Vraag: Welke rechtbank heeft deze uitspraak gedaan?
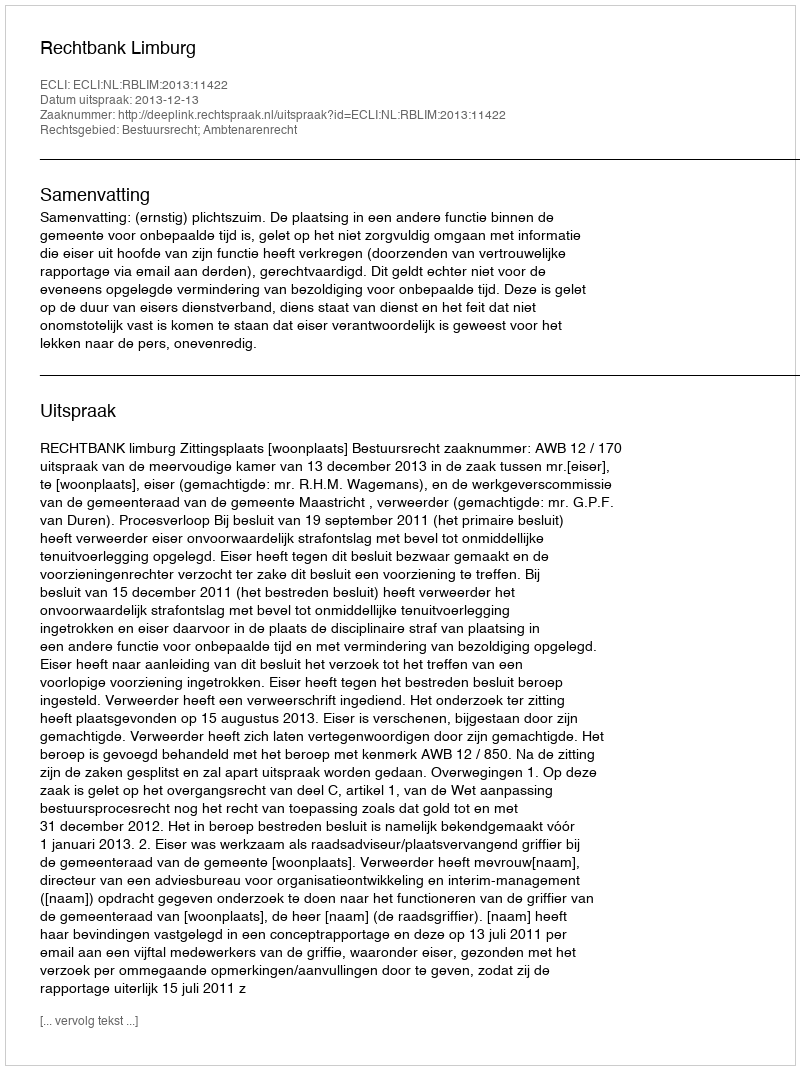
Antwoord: Rechtbank Limburg